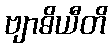
ဗျာဓိယီတိ